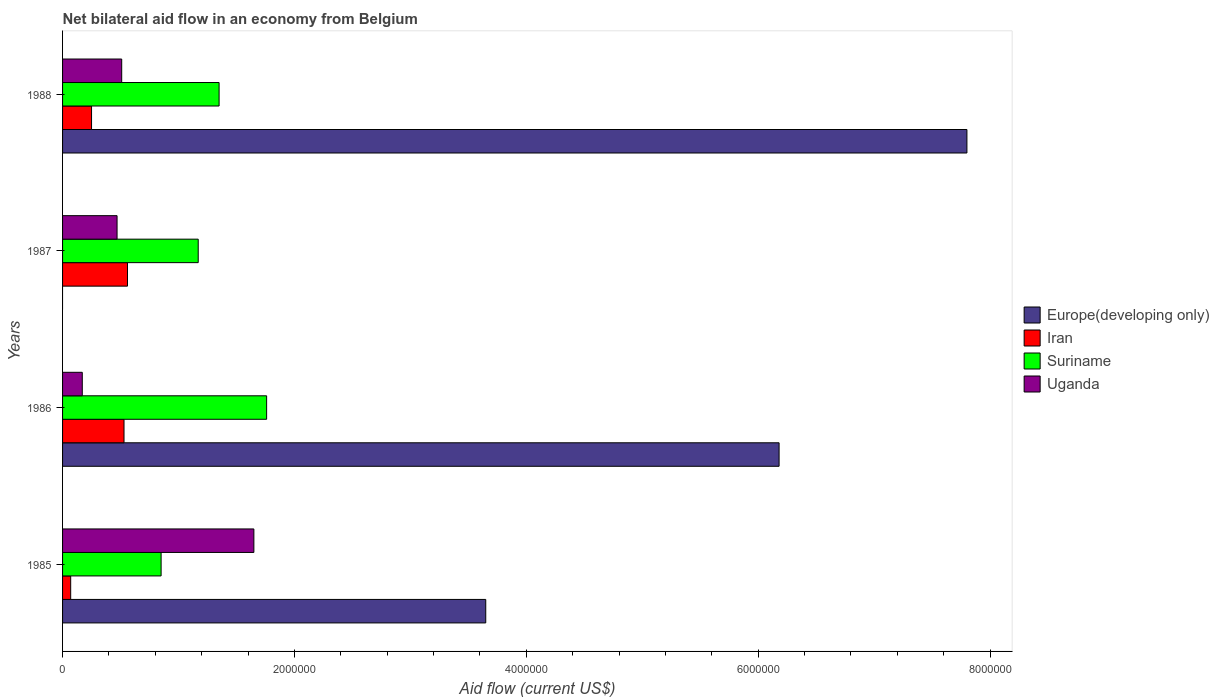
| Years | Europe(developing only) | Iran | Suriname | Uganda |
 | --- | --- | --- | --- | --- |
 | 1985 | 3.65e+06 | 7e+04 | 8.5e+05 | 1.65e+06 |
 | 1986 | 6.18e+06 | 5.3e+05 | 1.76e+06 | 1.7e+05 |
 | 1987 | -6.7e+05 | 5.6e+05 | 1.17e+06 | 4.7e+05 |
 | 1988 | 7.8e+06 | 2.5e+05 | 1.35e+06 | 5.1e+05 |